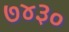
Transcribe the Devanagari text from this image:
७४३०